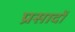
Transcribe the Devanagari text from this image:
प्रसादों